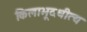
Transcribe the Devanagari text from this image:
किलाभूदधीत्य